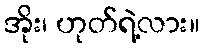
အိုး၊ ဟုတ်ရဲ့လား။